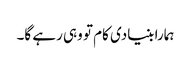
ہمارا بنیادی کام تو وہی رہے گا۔